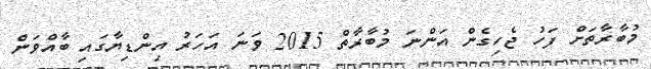
މުބާރާތަށް ފަހު ޖެހިގެން އަންނަ މުބާރާތް 2015 ވަނަ އަހަރު އިންޑިޔާގައި ބާއްވަން